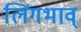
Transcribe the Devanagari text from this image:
लिंगभाव्